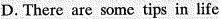
D. There are some tips in life